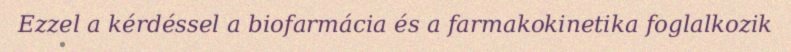
Ezzel a kérdéssel a biofarmácia és a farmakokinetika foglalkozik